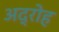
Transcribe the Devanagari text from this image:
अद्रोह